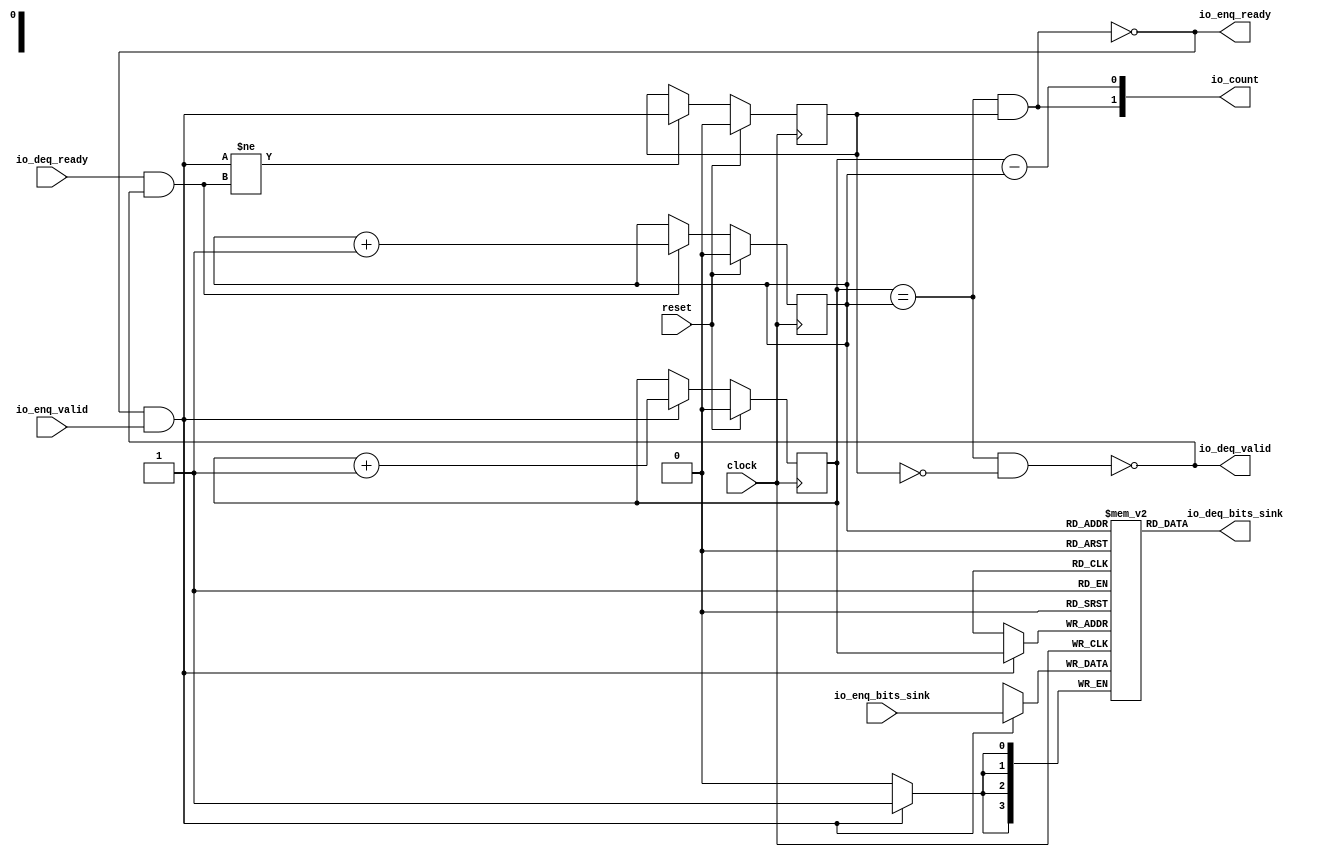
module Queue_46(
  input   clock,
  input   reset,
  output  io_enq_ready,
  input   io_enq_valid,
  input  [3:0] io_enq_bits_sink,
  input   io_deq_ready,
  output  io_deq_valid,
  output [3:0] io_deq_bits_sink,
  output [1:0] io_count
);
  reg [3:0] ram_sink [0:1];
  reg [31:0] _GEN_0;
  wire [3:0] ram_sink__T_62_data;
  wire  ram_sink__T_62_addr;
  wire [3:0] ram_sink__T_45_data;
  wire  ram_sink__T_45_addr;
  wire  ram_sink__T_45_mask;
  wire  ram_sink__T_45_en;
  reg  _T_34;
  reg [31:0] _GEN_1;
  reg  _T_36;
  reg [31:0] _GEN_2;
  reg  maybe_full;
  reg [31:0] _GEN_3;
  wire  _T_38;
  wire  _T_40;
  wire  _T_41;
  wire  _T_42;
  wire  _T_43;
  wire  do_enq;
  wire  _T_44;
  wire  do_deq;
  wire [1:0] _T_50;
  wire  _T_51;
  wire  _GEN_4;
  wire [1:0] _T_55;
  wire  _T_56;
  wire  _GEN_5;
  wire  _T_57;
  wire  _GEN_6;
  wire  _T_59;
  wire  _T_61;
  wire [1:0] _T_64;
  wire  _T_65;
  wire  _T_66;
  wire [1:0] _T_67;
  assign io_enq_ready = _T_61;
  assign io_deq_valid = _T_59;
  assign io_deq_bits_sink = ram_sink__T_62_data;
  assign io_count = _T_67;
  assign ram_sink__T_62_addr = _T_36;
  assign ram_sink__T_62_data = ram_sink[ram_sink__T_62_addr];
  assign ram_sink__T_45_data = io_enq_bits_sink;
  assign ram_sink__T_45_addr = _T_34;
  assign ram_sink__T_45_mask = do_enq;
  assign ram_sink__T_45_en = do_enq;
  assign _T_38 = _T_34 == _T_36;
  assign _T_40 = maybe_full == 1'h0;
  assign _T_41 = _T_38 & _T_40;
  assign _T_42 = _T_38 & maybe_full;
  assign _T_43 = io_enq_ready & io_enq_valid;
  assign do_enq = _T_43;
  assign _T_44 = io_deq_ready & io_deq_valid;
  assign do_deq = _T_44;
  assign _T_50 = _T_34 + 1'h1;
  assign _T_51 = _T_50[0:0];
  assign _GEN_4 = do_enq ? _T_51 : _T_34;
  assign _T_55 = _T_36 + 1'h1;
  assign _T_56 = _T_55[0:0];
  assign _GEN_5 = do_deq ? _T_56 : _T_36;
  assign _T_57 = do_enq != do_deq;
  assign _GEN_6 = _T_57 ? do_enq : maybe_full;
  assign _T_59 = _T_41 == 1'h0;
  assign _T_61 = _T_42 == 1'h0;
  assign _T_64 = _T_34 - _T_36;
  assign _T_65 = _T_64[0:0];
  assign _T_66 = maybe_full & _T_38;
  assign _T_67 = {_T_66,_T_65};
`ifdef RANDOMIZE
  integer initvar;
  initial begin
    `ifndef verilator
      #0.002 begin end
    `endif
  _GEN_0 = {1{$random}};
  `ifdef RANDOMIZE_MEM_INIT
  for (initvar = 0; initvar < 2; initvar = initvar+1)
    ram_sink[initvar] = _GEN_0[3:0];
  `endif
  `ifdef RANDOMIZE_REG_INIT
  _GEN_1 = {1{$random}};
  _T_34 = _GEN_1[0:0];
  `endif
  `ifdef RANDOMIZE_REG_INIT
  _GEN_2 = {1{$random}};
  _T_36 = _GEN_2[0:0];
  `endif
  `ifdef RANDOMIZE_REG_INIT
  _GEN_3 = {1{$random}};
  maybe_full = _GEN_3[0:0];
  `endif
  end
`endif
  always @(posedge clock) begin
    if(ram_sink__T_45_en & ram_sink__T_45_mask) begin
      ram_sink[ram_sink__T_45_addr] <= ram_sink__T_45_data;
    end
    if (reset) begin
      _T_34 <= 1'h0;
    end else begin
      if (do_enq) begin
        _T_34 <= _T_51;
      end
    end
    if (reset) begin
      _T_36 <= 1'h0;
    end else begin
      if (do_deq) begin
        _T_36 <= _T_56;
      end
    end
    if (reset) begin
      maybe_full <= 1'h0;
    end else begin
      if (_T_57) begin
        maybe_full <= do_enq;
      end
    end
  end
endmodule